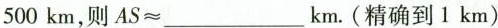
5 0 0 k m$$，则$$A S ≈ ___ k m$$。(精确到1km)